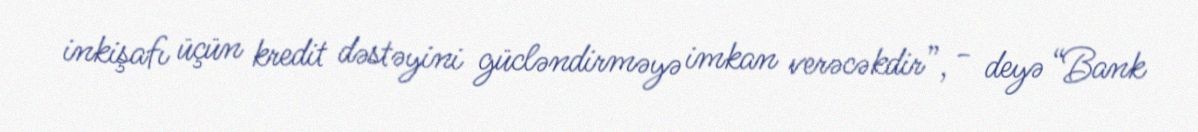
inkişafı üçün kredit dəstəyini gücləndirməyə imkan verəcəkdir”, - deyə “Bank